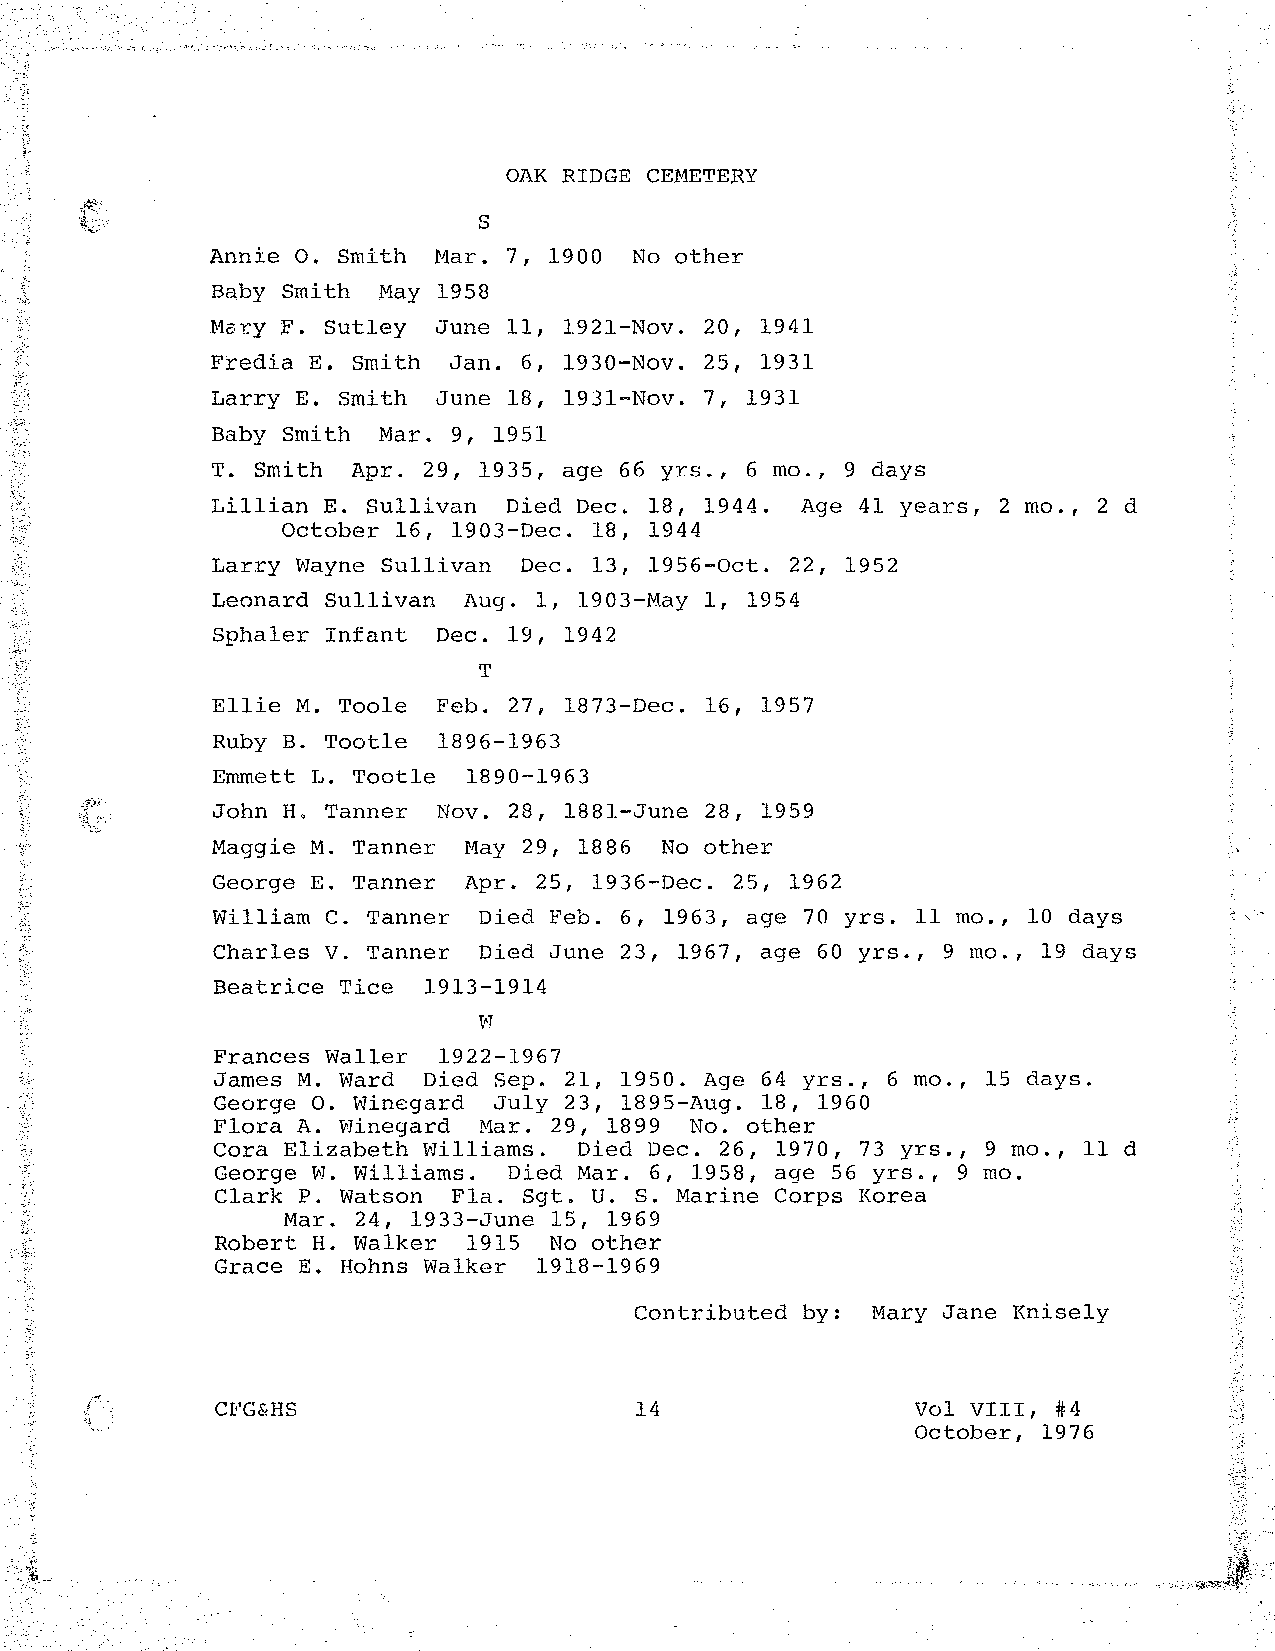
OAK RIDGE CEMETERY
 s
 Annie o. Smith Mar. 7, 1900 No other
 Baby Smith May 1958
 Mery F. Sutley June 11, 1921-Nov. 20, 1941
 Fredia E. Smith Jan. 6, 1930-Nov. 25, 1931
 Larry E. Smith June 18, 1931-Nov. 7, 1931
 Baby Smith Mar. 9, 1951
 T. Smith Apr. 29, 1935, age 66 yrs., 6 mo., 9 days
 Lillian E. Sullivan Died Dec. 18, 1944. Age 41 years, 2 mo., 2 d
 October 16, 1903-Dec. 18, 1944
 Larry Wayne Sullivan Dec. 13, 1956-0ct. 22, 1952
 Leonard Sullivan Aug. l, 1903-May 1, 1954
 Sphaler Infant Dec. 19, 1942
 T
 Ellie M. Toole Feb. 27, 1873-Dec. 16, 1957
 Ruby B. Tootle 1896-1963
 Emmett L. Tootle 1890-1963
 John H. Tanner Nov. 28, 1881-June 28, 1959
 Maggie M. Tanner May 29, 1886 No other
 George E. Tanner Apr. 25, 1936-Dec. 25, 1962
 William C. Tanner Died Feb. 6, 1963, age 70 yrs. ll mo., 10 days
 Charles V. Tanner Died June 23, 1967, age 60 yrs., 9 mo., 19 days
 Beatrice Tice 1913-1914
 v!
 Frances Waller 1922-1967
 James M. Ward Died Sep. 21, 1950. Age 64 yrs., 6 mo., 15 days.
 George 0. Winegard July 23, 1895-Aug. 18, 1960
 Flora A. Winegard Mar. 29, 1899 No. other
 Cora Elizabeth Williams. Died Dec. 26, 1970, 73 yrs., 9 mo., ll d
 George W. Williams. Died Mar. 6, 1958, age 56 yrs., 9 mo.
 Clark P. Watson Fla. Sgt. U. S. Marine Corps Korea
 Mar. 24, 1933-June 15, 1969
 Robert H. Walker 1915  No other
 Grace E. Hohns Walker 1918-1969
 Contributed by: Mary Jane Knisely
 Cl!'G&HS                    14                 Vol VIII, #4
 October, 1976
 ~-~~:
 >P~~'